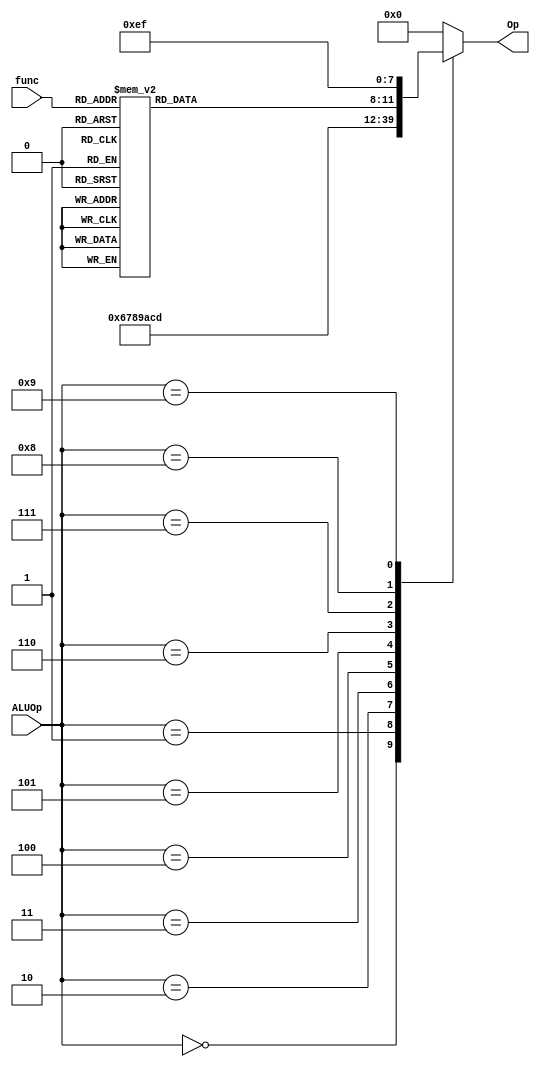
// [BCC 2022.1] Arquitetura e Organizao de Computadores
// Atividade 2VA
// Arquitetantes:
// - Gabriel Santos
// - Gilvaney Leandro
// - Joyce Mirelle
// - Ronaldo Rodrigues

module ula_ctrl (
    ALUOp, func, Op
);

input wire [3:0] ALUOp;
input wire [5:0] func;

output reg [3:0] Op;

reg [3:0] _Op;

always @(*) begin
    case (func)
        6'b000000: _Op = 4'b0000; // sll
        6'b000010: _Op = 4'b0001; // srl
        6'b000011: _Op = 4'b0010; // sra
        6'b000100: _Op = 4'b0011; // sllv
        6'b000110: _Op = 4'b0100; // srlv
        6'b000111: _Op = 4'b0101; // srav
        6'b100000: _Op = 4'b0110; // add
        6'b100010: _Op = 4'b0111; // sub
        6'b100100: _Op = 4'b1000; // and
        6'b100101: _Op = 4'b1001; // or
        6'b100110: _Op = 4'b1010; // xor
        6'b100111: _Op = 4'b1011; // nor
        6'b101010: _Op = 4'b1100; // slt
        6'b101001: _Op = 4'b1101; // sltu
        default: _Op = 4'b0000;
    endcase
end

always @(*) begin
    case (ALUOp)
        4'b0000: Op = 4'b0110;   // add
        4'b0001: Op = 4'b0111;   // sub
        4'b0010: Op = 4'b1000;   // and
        4'b0011: Op = 4'b1001;   // or
        4'b0100: Op = 4'b1010;   // xor
        4'b0101: Op = 4'b1100;   // slt
        4'b0110: Op = 4'b1101;    // sltu
        4'b0111: Op = _Op;       // func
        4'b1000: Op = 4'b1110;   //lui
        4'b1001: Op = 4'b1111;   //ori
        default: Op = 4'b0000;
    endcase
end

    
endmodule